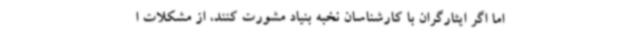
اما اگر ایثارگران با کارشناسان نخبه بنیاد مشورت کنند، از مشکلات ا